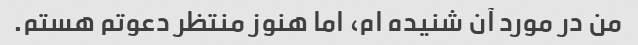
من در مورد آن شنیده ام، اما هنوز منتظر دعوتم هستم.